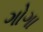
ગોગા